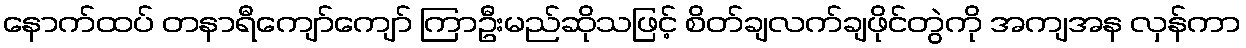
နောက်ထပ် တနာရီကျော်ကျော် ကြာဦးမည်ဆိုသဖြင့် စိတ်ချလက်ချဖိုင်တွဲကို အကျအန လှန်ကာ